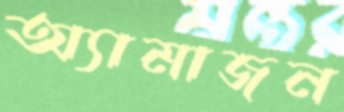
অ্যামাজন